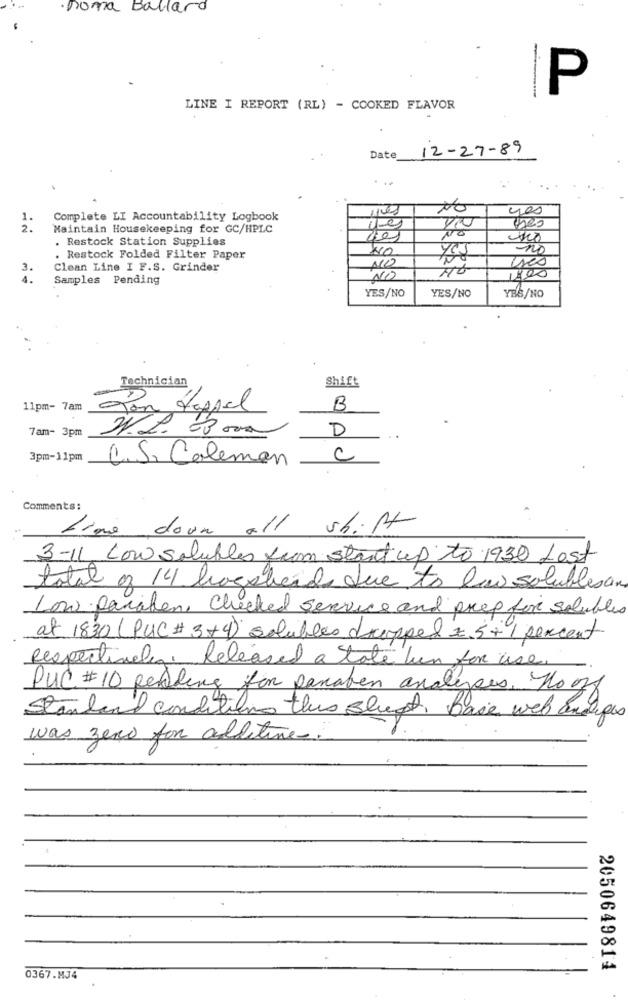
· Doma Ballard
P
LINE I REPORT (RL) - COOKED FLAVOR
12-27-89
Date
yes
1.
Complete LI Accountability Logbook
2.
Maintain Housekeeping for GC/HPLC
NO
. Restock Station Supplies
. Restock Folded Filter Paper
uses
3.
Clean Line I F.S. Grinder
NO
Samples Pending
NO
1800
YES/NO
YES/NO
YES/NO
Technician
Shift
11pm- 7am
Ton Pappel
B
7am- 3pm
D
3pm-11pm
C.S. Coleman
C
Comments:
time down all shift
3-11 Low solubles from start up to 1930 Lost
total os 14 hagoheads due to law solubles an
Low Paraben, Checked service and prep for solubles
at 1830 (PUC # 3+4) solubles dropped 2.5+ 1 percent
Respectively. Released a state hun for use.
PUC # 10 perling for paraben analyyes, No off
Standand conditions this street, Base web andtypes
was zero for additives.
2050649814
0367.MJ4